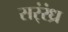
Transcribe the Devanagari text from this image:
सर्ंरंध्र